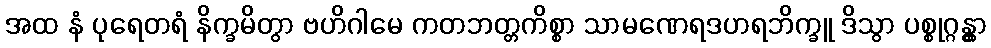
အထ နံ ပုရေတရံ နိက္ခမိတွာ ဗဟိဂါမေ ကတဘတ္တကိစ္စာ သာမဏေရဒဟရဘိက္ခူ ဒိသွာ ပစ္စုဂ္ဂန္တွာ